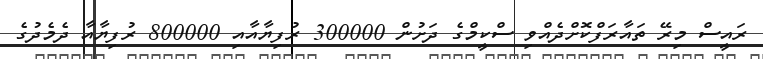
ރައީސް މިރޭ ތައާރަފްކޮށްދެއްވި ސްކީމްގެ ދަށުން 300000 ރުފިޔާއާއި 800000 ރުފިޔާއާ ދެމެދުގެ